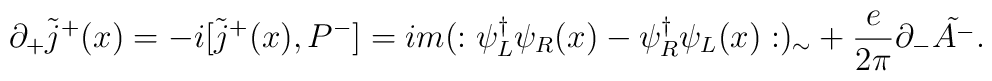
\partial_+ \tilde{j}^+(x) = -i[\tilde{j}^+(x),P^-]=im(:\psi_L^{\dagger}\psi_R(x)-\psi_R^{\dagger}\psi_L(x):)_\sim+{e\over 2\pi}\partial_-\tilde{A^-}.